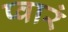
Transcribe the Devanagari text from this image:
प्वारं